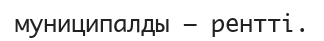
муниципалды — рентті.